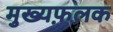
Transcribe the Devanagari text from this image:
मुख्यफ़लक